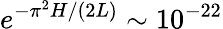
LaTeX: e^{-\pi^{2}H/(2L)}\sim 10^{-22}